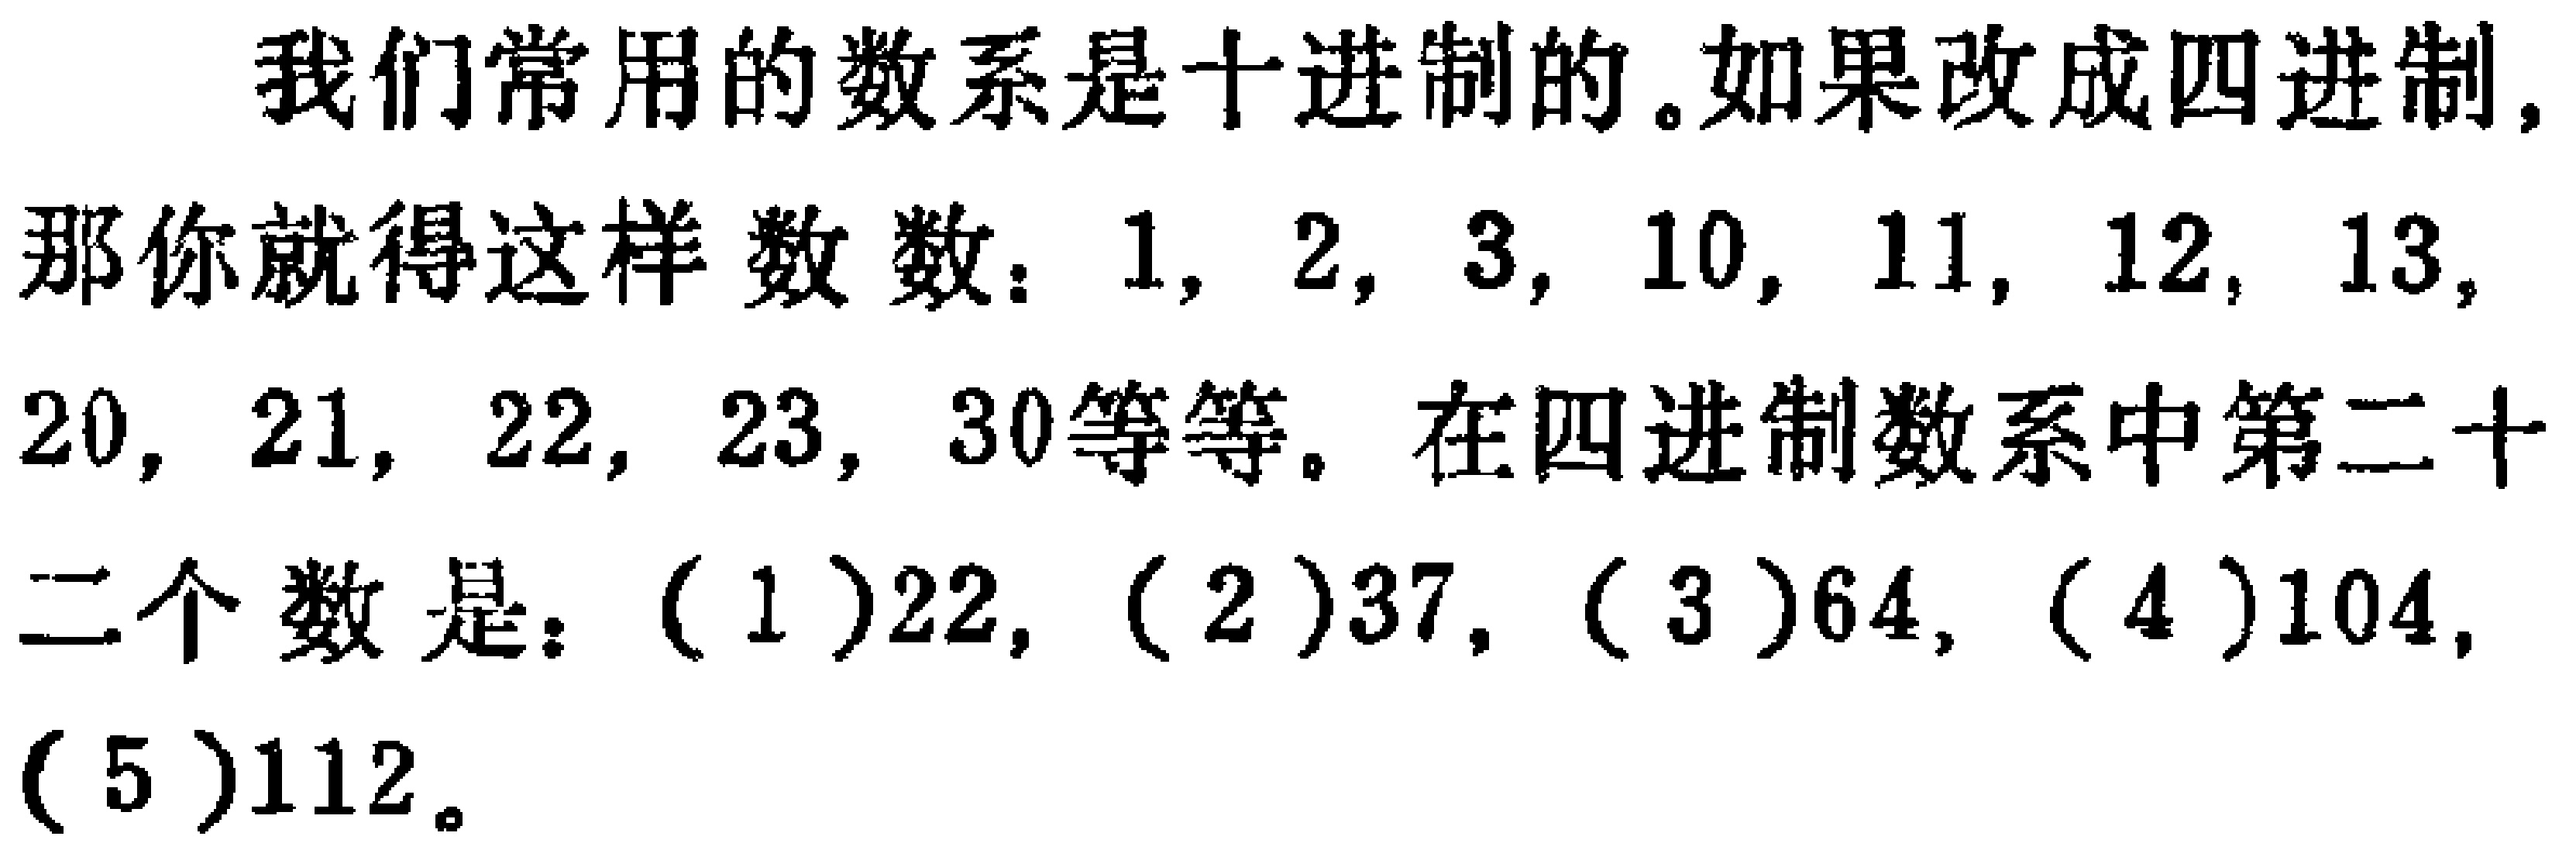
我们常用的数系是十进制的。如果改成四进制，那你就得这样数数：$1, 2, 3, 10, 11, 12, 13, 20, 21, 22, 23, 30$等等。在四进制数系中第二十二个数是：$(1)22,$$(2)37,$$(3)64,$$(4)104,$$(5)112$。